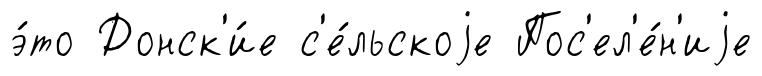
э́то Донск'и́е с'е́льскоjе Пос'ел'е́н'иjе